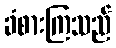
ခံစားကြသည်